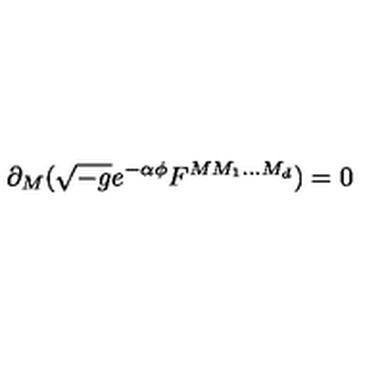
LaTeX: \partial _ { M } ( \sqrt { - g } e ^ { - \alpha \phi } F ^ { M M _ { 1 } . . . M _ { d } } ) = 0